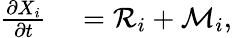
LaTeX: \begin{array}{rl}{\frac{\partial X_{i}}{\partial t}}&{{}=\mathcal{R}_{i}+\mathcal{M}_{i},}\end{array}